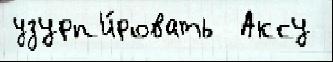
узурп'и́ровать  Аксу